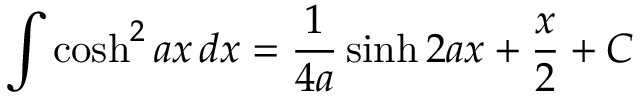
\int \cosh ^ { 2 } a x \, d x = { \frac { 1 } { 4 a } } \sinh 2 a x + { \frac { x } { 2 } } + C